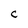
Character: C